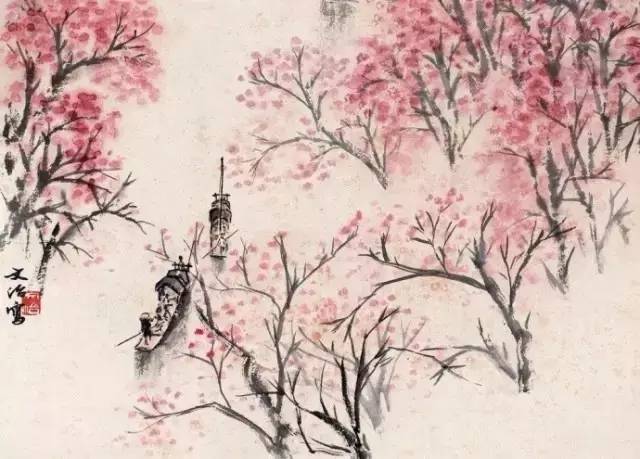
沾衣欲湿杏花雨，吹面不寒杨柳风。